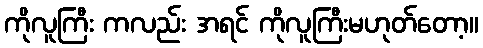
ကိုလူကြီး ကလည်း အရင် ကိုလူကြီးမဟုတ်တော့။